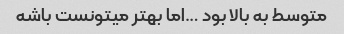
متوسط به بالا بود …اما بهتر میتونست باشه